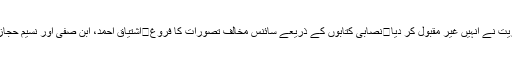
احمدیوں کو انسان سمجھتا ہے	اشتیاق احمد کی تکفیریت نے انہیں غیر مقبول کر دیا	نصابی کتابوں کے ذریعے سائنس مخالف تصورات کا فروغ	اشتیاق احمد، ابن صفی اور نسیم حجازی	مخلوط ڈانس باعث ندامت یا لڑکیوں کی سپلائی؟